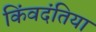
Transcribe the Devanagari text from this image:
किंवदंतिया